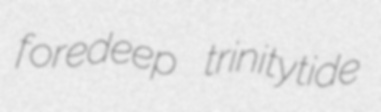
foredeep trinitytide